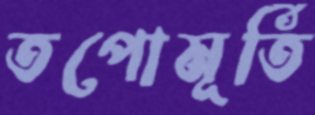
তপোমূর্তি